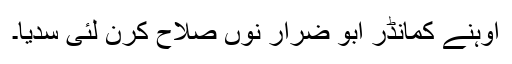
اوہنے کمانڈر ابو ضرار نوں صلاح کرن لئی سدیا۔